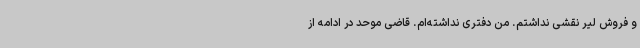
و فروش لیر نقشی نداشتم. من دفتری نداشته‌ام. قاضی موحد در ادامه از